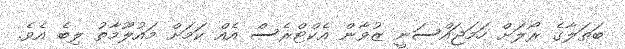
ބަތަލާގެ ރޯލަށް ހަމަޖައްސަނީ ޒުވާން އެކްޓްރެސް އެއް ކަމަށް މައުލޫމާތު ލިބެ އެވެ.